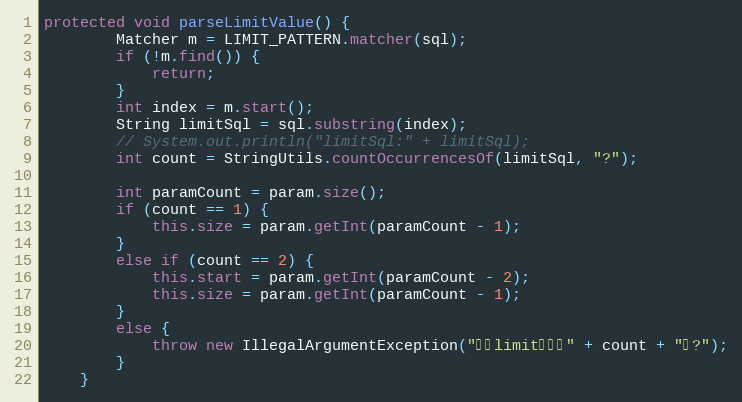
Language: Java
protected void parseLimitValue() {
		Matcher m = LIMIT_PATTERN.matcher(sql);
		if (!m.find()) {
			return;
		}
		int index = m.start();
		String limitSql = sql.substring(index);
		// System.out.println("limitSql:" + limitSql);
		int count = StringUtils.countOccurrencesOf(limitSql, "?");

		int paramCount = param.size();
		if (count == 1) {
			this.size = param.getInt(paramCount - 1);
		}
		else if (count == 2) {
			this.start = param.getInt(paramCount - 2);
			this.size = param.getInt(paramCount - 1);
		}
		else {
			throw new IllegalArgumentException("怎么limit参数是" + count + "个?");
		}
	}